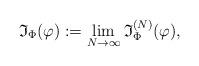
LaTeX: \begin{align*} {\frak I}_{\Phi}(\varphi): = \lim_{N\to \infty} {\frak I}_{\Phi}^{(N)} (\varphi), \end{align*}